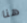
هنا